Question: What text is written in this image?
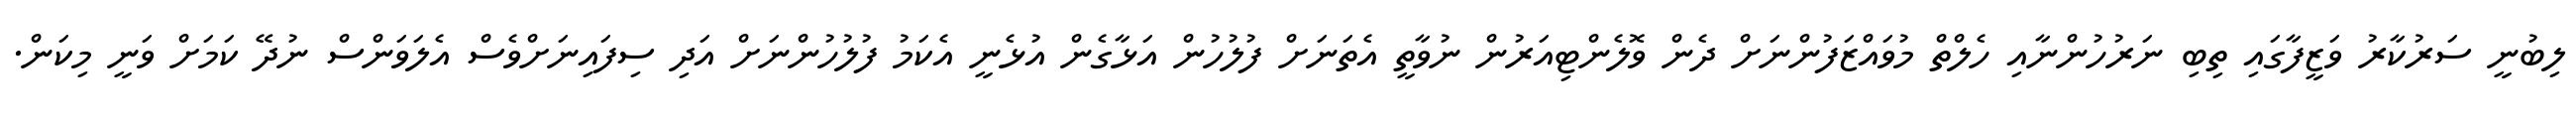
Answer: ލިބުނީ ސަރުކާރު ވަޒީފާގައި ތިބި ނަރުހުންނާއި ހެލްތް މުވައްޒަފުންނަށް ދެން ވޮލެންޓިއަރުން ނުވާތީ އެތަނަށް ފުލުހުން އަޅާގެން އުޅެނީ އެކަމު ފުލުހުންނަށް އަދި ސިފައިނަށްވެސް އެލަވަންސް ނުދޭ ކަމަށް ވަނީ މިކަން.